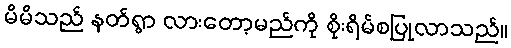
မိမိသည် နတ်ရွာ လားတော့မည်ကို စိုးရိမ်စပြုလာသည်။